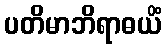
ပတိမာဘိရာဓယိံ